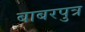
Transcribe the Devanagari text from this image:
बाबरपुत्र